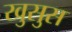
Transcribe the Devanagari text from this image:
खुसुस